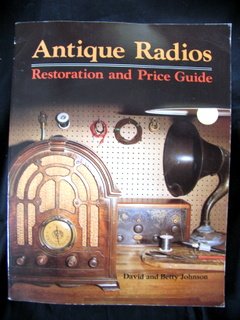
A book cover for Antique Radios: Restorations and Price Guide; David Johnson; Crafts, Hobbies & Home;